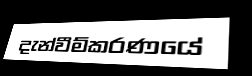
දැන්වීම්කරණයේ